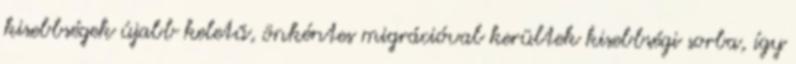
kisebbségek újabb keletű, önkéntes migrációval kerültek kisebbségi sorba, így